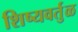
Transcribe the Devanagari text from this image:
शिष्यवर्तुळ